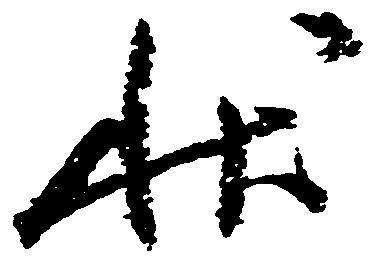
状